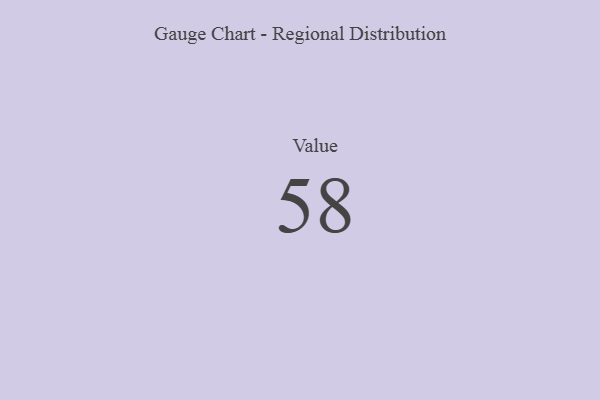
{"axis": {"x": "Metric", "y": "Value"}, "legend": [""], "data": [{"x": "Value", "y": 58, "type": ""}]}